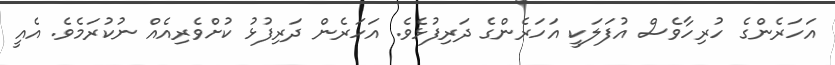
އަހަރެންގެ ހުރިހާވެސް އުފަލަކީ އަހަރެންގެ ދަރިފުޅެވެ. އަހަރެން ދަރިފުޅު ކުށްވެރިއެއް ނުކުރަމެވެ. އެއީ